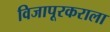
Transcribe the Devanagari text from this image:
विजापूरकराला